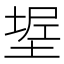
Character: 𰊌